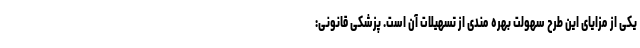
یکی از مزایای این طرح سهولت بهره مندی از تسهیلات آن است. پزشکی قانونی: